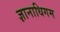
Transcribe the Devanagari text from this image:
ज्ञानाधिगम